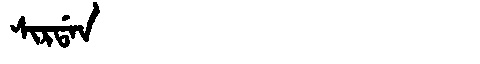
Manchu: ᠰᡳᡵᡩᠠᠨ
Romanization: SIRDAN